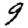
Digit: 9